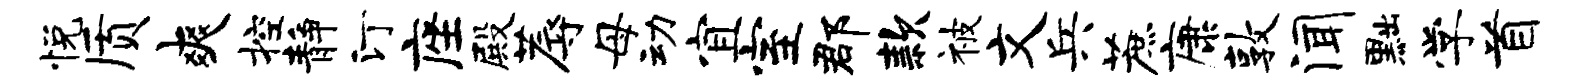
悦质爽控静汀座殿蓐母动宜室郡款被文兵蔗康敦闻黜学首